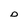
Character: D